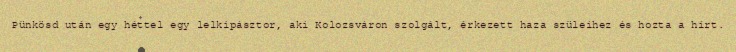
Pünkösd után egy héttel egy lelkipásztor, aki Kolozsváron szolgált, érkezett haza szüleihez és hozta a hírt.